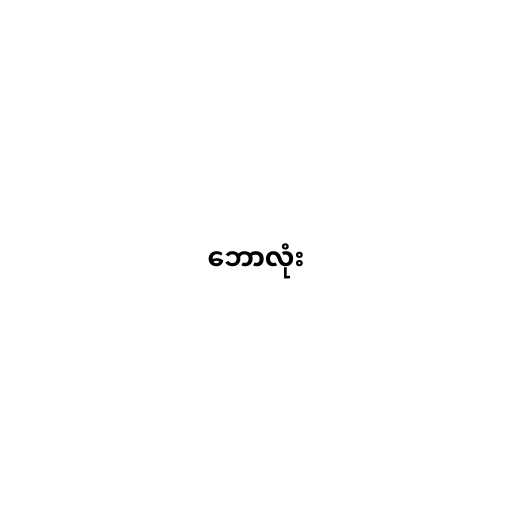
ဘောလုံး